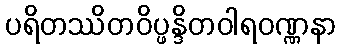
ပရိတဿိတဝိပ္ဖန္ဒိတဝါရဝဏ္ဏနာ